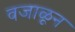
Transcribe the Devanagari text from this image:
वजाळून